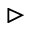
\vartriangleright